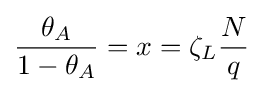
{\frac {\theta _{A}}{1-\theta _{A}}}=x=\zeta _{L}{\frac {N}{q}}